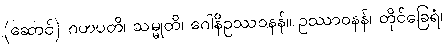
(ဆောင်) ဂဟပတိ၊ သမ္မုတိ၊ ဂေါနိဥဿဝနန်။ ဥဿာဝနန်၊ တိုင်ခြေရံ၊